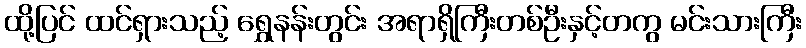
ထို့ပြင် ထင်ရှားသည့် ရွှေနန်းတွင်း အရာရှိကြီးတစ်ဦးနှင့်တကွ မင်းသားကြီး